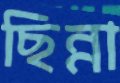
ছিন্না